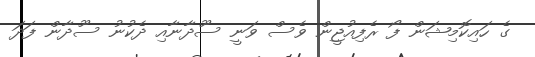
ގެ ހައިކޮމިޝަން ފޯ ރެފިއުޖީން ވެސް ވަނީ ސޫދާނާއި ދެކުނު ސޫދާން ފަދަ